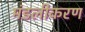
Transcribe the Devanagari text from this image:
मंडलीकरण